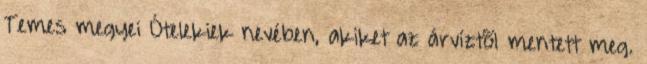
Temes megyei Ótelekiek nevében, akiket az árvíztõl mentett meg.